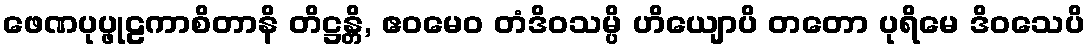
ဖေဏပုပ္ဖုဠကာစိတာနိ တိဋ္ဌန္တိ, ဧဝမေဝ တံဒိဝသမ္ပိ ဟိယျောပိ တတော ပုရိမေ ဒိဝသေပိ